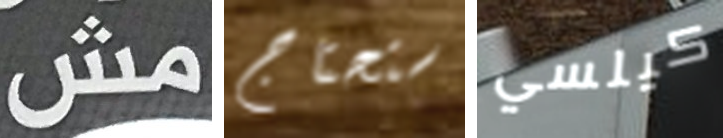
مش ستحتاج كيلسي